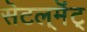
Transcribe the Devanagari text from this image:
सॆटल्‌मॆंट्